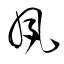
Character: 夙